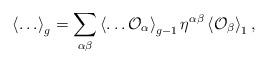
LaTeX: \begin{align*}\left\langle \ldots \right\rangle _g=\sum _{\alpha \beta}\left\langle\ldots{\cal O}_{\alpha}\right\rangle_{g-1}\eta^{\alpha\beta}\left\langle{\cal O}_{\beta}\right\rangle _1,\end{align*}